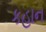
કહાન